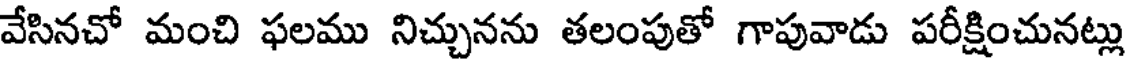
వేసినచో మంచి ఫలము నిచ్చునను తలంపుతో గాపువాడు పరీక్షించునట్లు